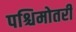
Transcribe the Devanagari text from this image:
पश्चिमोतरी